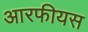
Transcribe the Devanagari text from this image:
आरफीयस